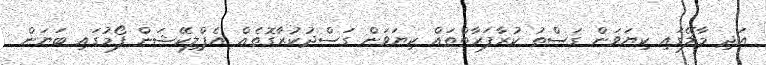
އަދި މާލޭގައި ކިޔަވަން ގަސްތު ކުރާފަރާތްތައް ކިޔަވަން ގަސްދުކުރާގޮތެއް އެޕްލިކޭޝަން ފޯމުގައި ބަޔަން